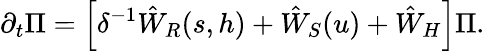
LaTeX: \partial_{t}\Pi=\left[\delta^{-1}\hat{W}_{R}(s,h)+\hat{W}_{S}(u)+\hat{W}_{H}\right]\Pi.